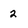
Character: 2